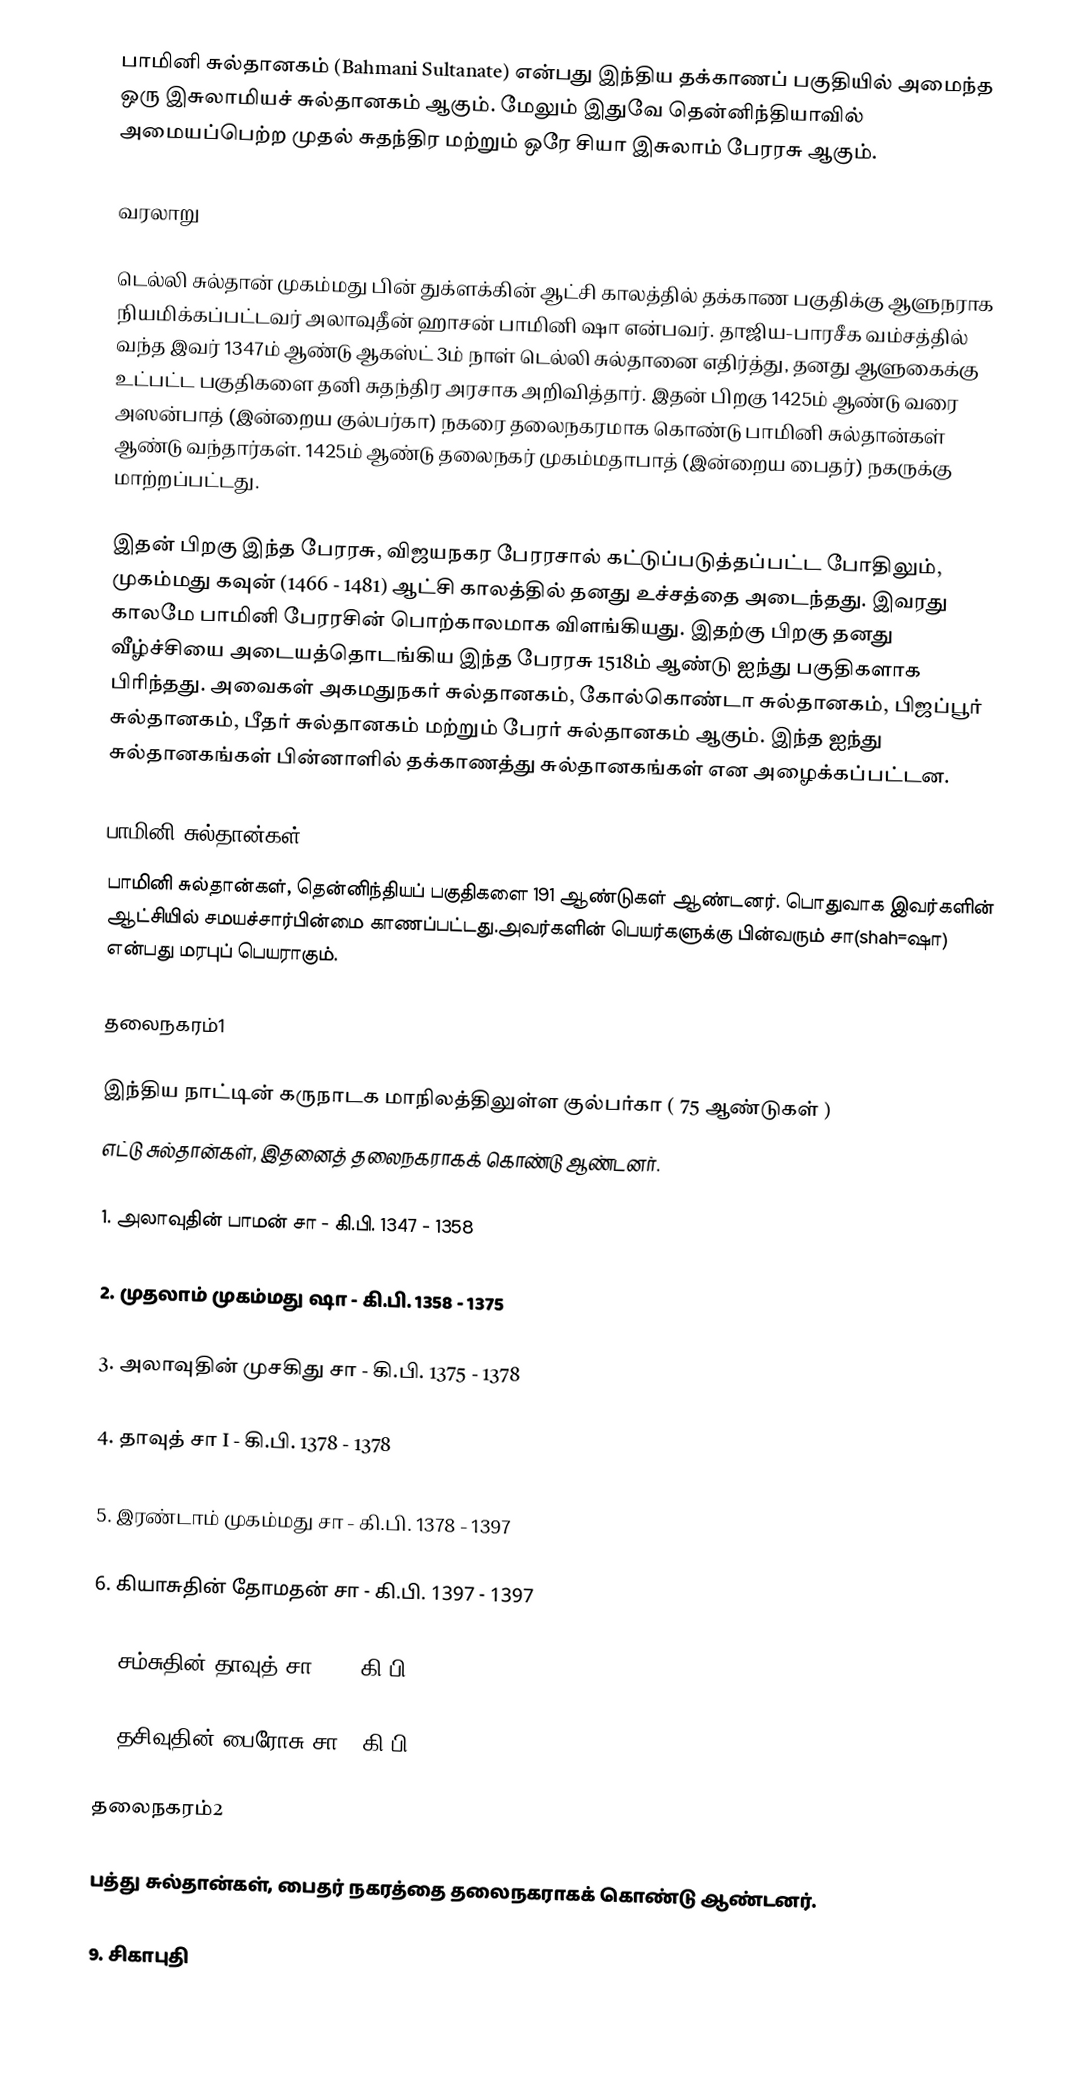
பாமினி சுல்தானகம் (Bahmani Sultanate) என்பது இந்திய தக்காணப் பகுதியில் அமைந்த ஒரு இசுலாமியச் சுல்தானகம் ஆகும். மேலும் இதுவே தென்னிந்தியாவில் அமையப்பெற்ற முதல் சுதந்திர மற்றும் ஒரே சியா இசுலாம் பேரரசு ஆகும்.

வரலாறு

டெல்லி சுல்தான் முகம்மது பின் துக்ளக்கின் ஆட்சி காலத்தில் தக்காண பகுதிக்கு ஆளுநராக நியமிக்கப்பட்டவர் அலாவுதீன் ஹாசன் பாமினி ஷா என்பவர். தாஜிய-பாரசீக வம்சத்தில் வந்த இவர் 1347ம் ஆண்டு ஆகஸ்ட் 3ம் நாள் டெல்லி சுல்தானை எதிர்த்து, தனது ஆளுகைக்கு உட்பட்ட பகுதிகளை தனி சுதந்திர அரசாக அறிவித்தார். இதன் பிறகு 1425ம் ஆண்டு வரை அஸன்பாத் (இன்றைய குல்பர்கா) நகரை தலைநகரமாக கொண்டு பாமினி சுல்தான்கள் ஆண்டு வந்தார்கள். 1425ம் ஆண்டு தலைநகர் முகம்மதாபாத் (இன்றைய பைதர்) நகருக்கு மாற்றப்பட்டது.

இதன் பிறகு இந்த பேரரசு, விஜயநகர பேரரசால் கட்டுப்படுத்தப்பட்ட போதிலும், முகம்மது கவுன் (1466 - 1481) ஆட்சி காலத்தில் தனது உச்சத்தை அடைந்தது. இவரது காலமே பாமினி பேரரசின் பொற்காலமாக விளங்கியது. இதற்கு பிறகு தனது வீழ்ச்சியை அடையத்தொடங்கிய இந்த பேரரசு 1518ம் ஆண்டு ஐந்து பகுதிகளாக பிரிந்தது. அவைகள் அகமதுநகர் சுல்தானகம், கோல்கொண்டா சுல்தானகம், பிஜப்பூர் சுல்தானகம், பீதர் சுல்தானகம் மற்றும் பேரர் சுல்தானகம் ஆகும்.  இந்த ஐந்து சுல்தானகங்கள் பின்னாளில் தக்காணத்து சுல்தானகங்கள் என அழைக்கப்பட்டன.

பாமினி சுல்தான்கள்
பாமினி சுல்தான்கள், தென்னிந்தியப் பகுதிகளை 191 ஆண்டுகள் ஆண்டனர். பொதுவாக இவர்களின் ஆட்சியில் சமயச்சார்பின்மை காணப்பட்டது.அவர்களின் பெயர்களுக்கு பின்வரும் சா(shah=ஷா) என்பது மரபுப் பெயராகும்.

தலைநகரம்1

இந்திய நாட்டின் கருநாடக மாநிலத்திலுள்ள குல்பர்கா   ( 75 ஆண்டுகள் )
எட்டு சுல்தான்கள், இதனைத் தலைநகராகக் கொண்டு ஆண்டனர்.

1. அலாவுதின் பாமன் சா - கி.பி. 1347 - 1358

2. முதலாம் முகம்மது ஷா - கி.பி. 1358 - 1375

3. அலாவுதின் முசகிது சா - கி.பி. 1375 - 1378

4. தாவுத் சா I  - கி.பி. 1378  -  1378

5. இரண்டாம் முகம்மது சா   - கி.பி. 1378   - 1397

6. கியாசுதின் தோமதன் சா   - கி.பி. 1397  - 1397

7. சம்சுதின் தாவுத் சா II   -  கி.பி. 1397  - 1397

8. தசிவுதின் பைரோசு சா  - கி.பி.  1397 - 1422

தலைநகரம்2

பத்து சுல்தான்கள், பைதர் நகரத்தை தலைநகராகக் கொண்டு ஆண்டனர்.

9. சிகாபுதி